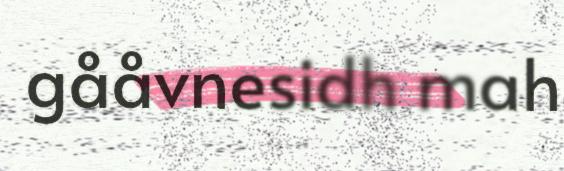
gååvnesidh mah